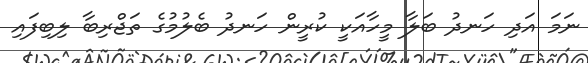
ނަމަ އަދި ހަނދު ބަލާ މީހާއަކީ ކުރީން ހަނދު ބެލުމުގެ ތަޖްރިބާ ލިބިފައި